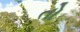
તો